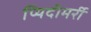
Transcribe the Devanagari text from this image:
प्यिदीमर्री